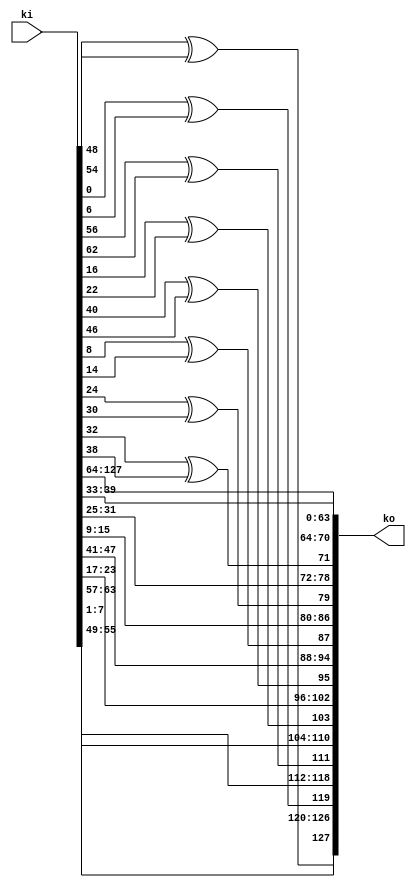
/*
 Designer: Mustafa Khairallah
 Nanyang Technological University
 Singapore
 Date: July, 2021
 */

/* 
 TK3 Key expansion corresponding to the 
 secret key in Romulus. 
 */
module key_expansion (/*AUTOARG*/
   // Outputs
   ko,
   // Inputs
   ki
   ) ;
   output [127:0] ko;
   input  [127:0] ki;

   wire [127:0]   kp;

   assign kp[127:120] = ki[ 55: 48];
   assign kp[119:112] = ki[  7:  0];
   assign kp[111:104] = ki[ 63: 56];
   assign kp[103: 96] = ki[ 23: 16];
   assign kp[ 95: 88] = ki[ 47: 40];
   assign kp[ 87: 80] = ki[ 15:  8];
   assign kp[ 79: 72] = ki[ 31: 24];
   assign kp[ 71: 64] = ki[ 39: 32];
   assign kp[ 63: 56] = ki[127:120];
   assign kp[ 55: 48] = ki[119:112];
   assign kp[ 47: 40] = ki[111:104];
   assign kp[ 39: 32] = ki[103: 96];
   assign kp[ 31: 24] = ki[ 95: 88];
   assign kp[ 23: 16] = ki[ 87: 80];
   assign kp[ 15:  8] = ki[ 79: 72];
   assign kp[  7:  0] = ki[ 71: 64];

   assign ko[127:120] = {kp[120]^kp[126],kp[127:121]};
   assign ko[119:112] = {kp[112]^kp[118],kp[119:113]};
   assign ko[111:104] = {kp[104]^kp[110],kp[111:105]};
   assign ko[103: 96] = {kp[ 96]^kp[102],kp[103: 97]};
   assign ko[ 95: 88] = {kp[ 88]^kp[ 94],kp[ 95: 89]};
   assign ko[ 87: 80] = {kp[ 80]^kp[ 86],kp[ 87: 81]};
   assign ko[ 79: 72] = {kp[ 72]^kp[ 78],kp[ 79: 73]};
   assign ko[ 71: 64] = {kp[ 64]^kp[ 70],kp[ 71: 65]};

   assign ko[ 63:  0] = kp[ 63:  0];
   
endmodule // key_expansion